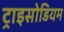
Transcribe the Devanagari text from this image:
ट्राइसोडियम